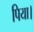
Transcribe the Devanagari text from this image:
पिया।